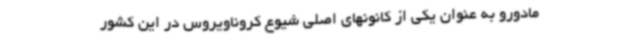
مادورو به عنوان یکی از کانونهای اصلی شیوع کروناویروس در این کشور